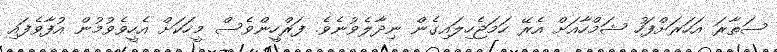
ސަތާރަ އަހަރަށްފަހު ޝަމްހާއަށް އެރޭ ހަމަޖެހިލައިގެން ނިދާލެވުނެވެ. ފަރްހީންވެސް މީހަކަށް އެހީވެވުމުން އުފާވެފައި